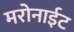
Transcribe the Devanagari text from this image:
मरोनाईट